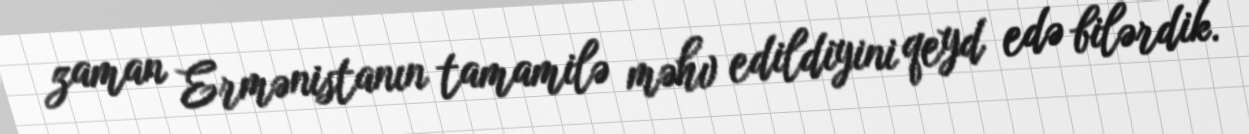
zaman Ermənistanın tamamilə məhv edildiyini qeyd edə bilərdik.